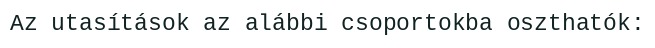
Az utasítások az alábbi csoportokba oszthatók: